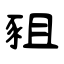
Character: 豠